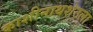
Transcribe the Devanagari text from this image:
काशीनाथशेठला